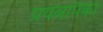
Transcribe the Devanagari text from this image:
प्रयत्नांपैकी